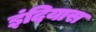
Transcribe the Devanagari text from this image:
इंदियास